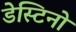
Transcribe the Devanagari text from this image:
डेस्टिनो